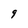
Character: 9